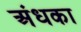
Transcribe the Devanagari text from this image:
अंधका